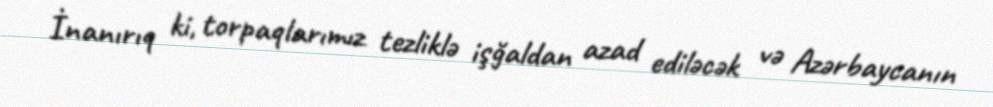
İnanırıq ki, torpaqlarımız tezliklə işğaldan azad ediləcək və Azərbaycanın